King Institute of Preventive Medicine Micro-Biological Section reports 1909-11
Year: 1909
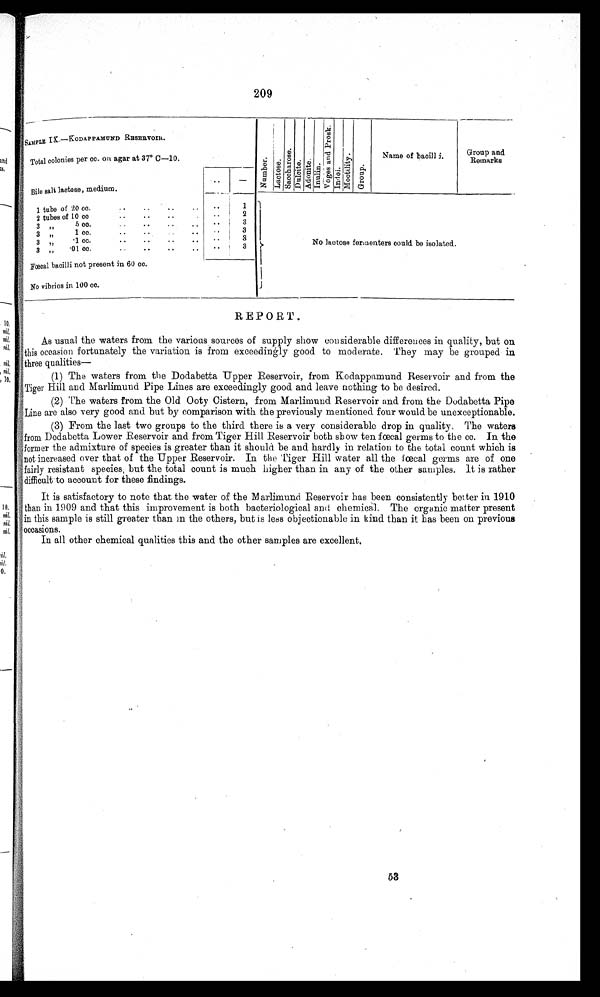
209
SAMPLE IX.—KODAPPAMUND RESERVOIR.
Total colonies per cc. on agar at 37° c—10.
N u m b e r .
Lact ose. S a c c h a r o s e . Dul ci t e. Adomi t e. Inulin. Vo g e s a n d P r o s k . Indoi. Moct i l i t y.
Group.
Name of bacilli.
Group and
Remarks
Bile salt lactose, medium.
..
–
1 tube of 20 cc.
1
No lactose fermenters could be isolated.
2 tubes of 10 cc
2
3 "
5 cc.
. .
..
..
..
..
3
3
3 "
1 cc.. .
.
3
3 "
.1 cc. .. ..
3
3 „
.01 cc. .. •• .. ..
..
Fœcal bacilli not present in 60 cc.
No vibrios in 100 cc.
REPORT.
As usual the waters from the various sources of supply show considerable differences in quality, but on
this occasion fortunately the variation is from exceedingly good to moderate. They may be grouped in
three qualities
(1) The waters from the Dodabetta Upper Reservoir, from Kodappamund Reservoir and from the
Tiger Hill and Marlimund Pipe Lines are exceedingly good and leave nothing to be desired.
(2) The waters from the Old Ooty Cistern, from Marlimund Reservoir and from the Dodabetta Pipe
Line are also very good and but by comparison with the previously mentioned four would be unexceptionable.
(3) From the last two groups to the third there is a very considerable drop in quality, The waters
from Dodabetta Lower Reservoir and from Tiger Hill Reservoir both show ten fœcal germs to the cc. In the
former the admixture of species is greater than it should be and hardly in relation to the total count which is
n o t i n c r e a s e d o v e r t h a t o f t h e U p p e r R e s e r v o i r . I n t h e T i g e r H i l l w a t e r a l l t h e f œ c a l g e r m s a r e o f o n e
fairly resistant species, but the total count is much higher than in any of the other samples. It is rather
difficult to account for these findings.
It is satisfactory to note that the water of the Marlimund Reservoir has been consistently better in 1910
than in 1909 and that this improvement is both bacteriological and chemical. The organic matter present
in this sample is still greater than in the others, but is lees objectionable in kind than it has been on previous
occasions.
In all other chemical qualities this and the other samples are excellent.
53